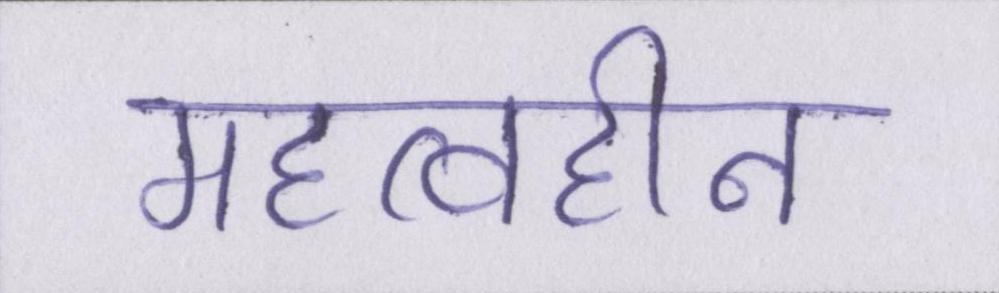
महत्वहीन